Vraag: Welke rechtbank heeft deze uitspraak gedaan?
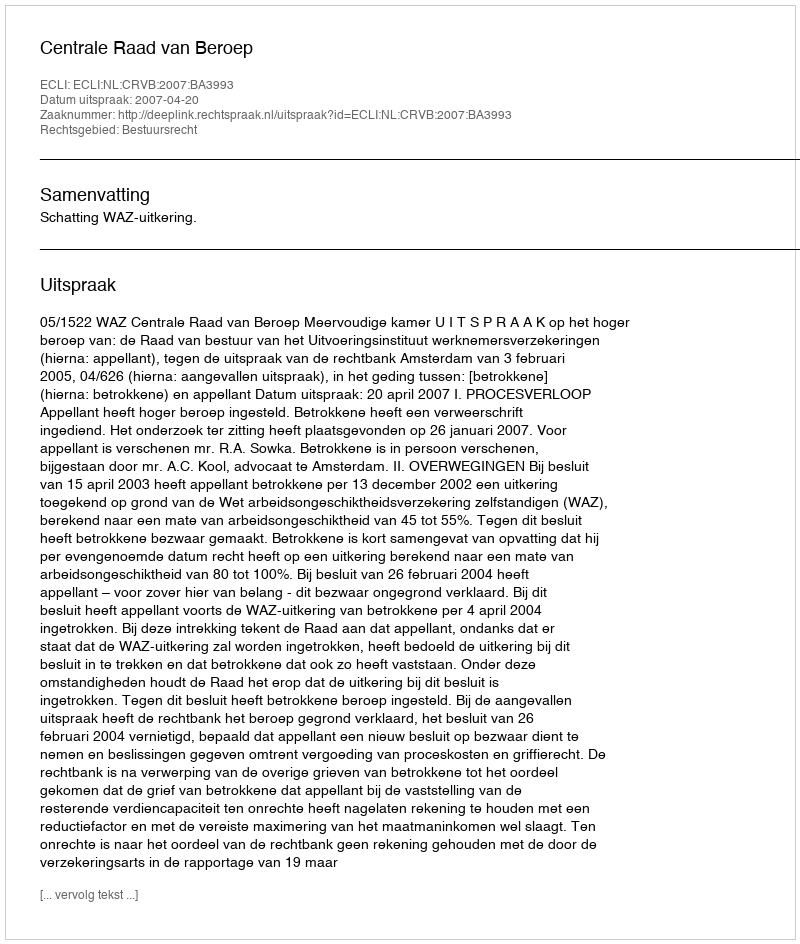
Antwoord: Centrale Raad van Beroep